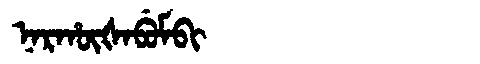
Manchu: ᠨᠠᡵᡥᡡᡧᠠᠪᡠᠮᠪᡳ
Romanization: NARHŪŠABUMBI